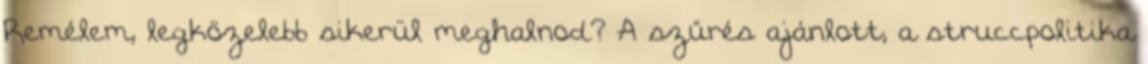
Remélem, legközelebb sikerül meghalnod? A szűrés ajánlott, a struccpolitika